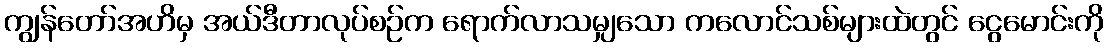
ကျွန်တော်အဟိမှ အယ်ဒီတာလုပ်စဉ်က ရောက်လာသမျှသော ကလောင်သစ်များထဲတွင် ငွေမောင်းကို